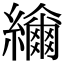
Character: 𦆤